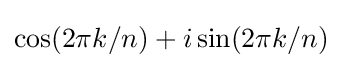
\cos(2\pi k/n)+i\sin(2\pi k/n)